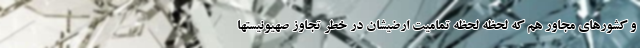
و کشورهای مجاور هم که لحظه لحظه تمامیت ارضیشان در خطر تجاوز صهیونیستها